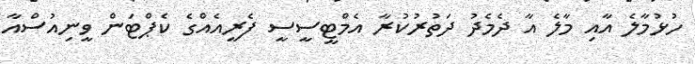
ހުޅުމާލެ އާއި މާލެ އާ ދެމެދު ދަތުރުކުރާ އެމްޓީސީސީ ފެރީއެއްގެ ކެޕްޓަން ވީނިއުސްއާ